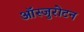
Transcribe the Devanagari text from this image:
ऑस्जुरोटन